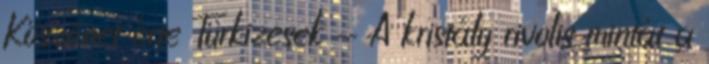
Köszönet érte Türkizesek - A kristály rivolis mintát a